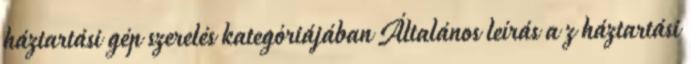
háztartási gép szerelés kategóriájában Általános leírás a z háztartási